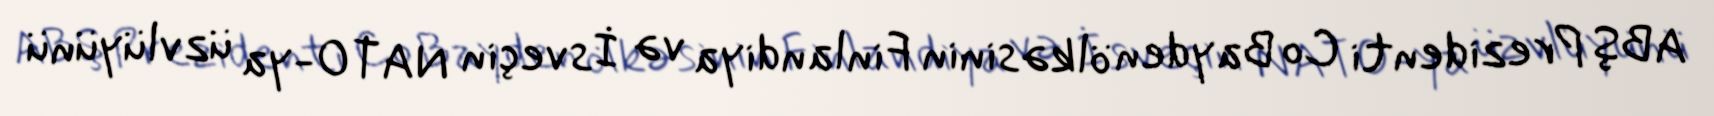
ABŞ Prezidenti Co Bayden ölkəsinin Finlandiya və İsveçin NATO-ya üzvlüyünü